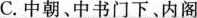
C.中朝、中书门下、内阁